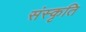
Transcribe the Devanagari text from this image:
संस्‍कृति